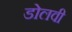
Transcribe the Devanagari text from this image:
डोलवी